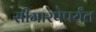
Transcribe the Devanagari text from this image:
सीमारेषेपर्यंत